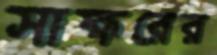
সাক্ষরের